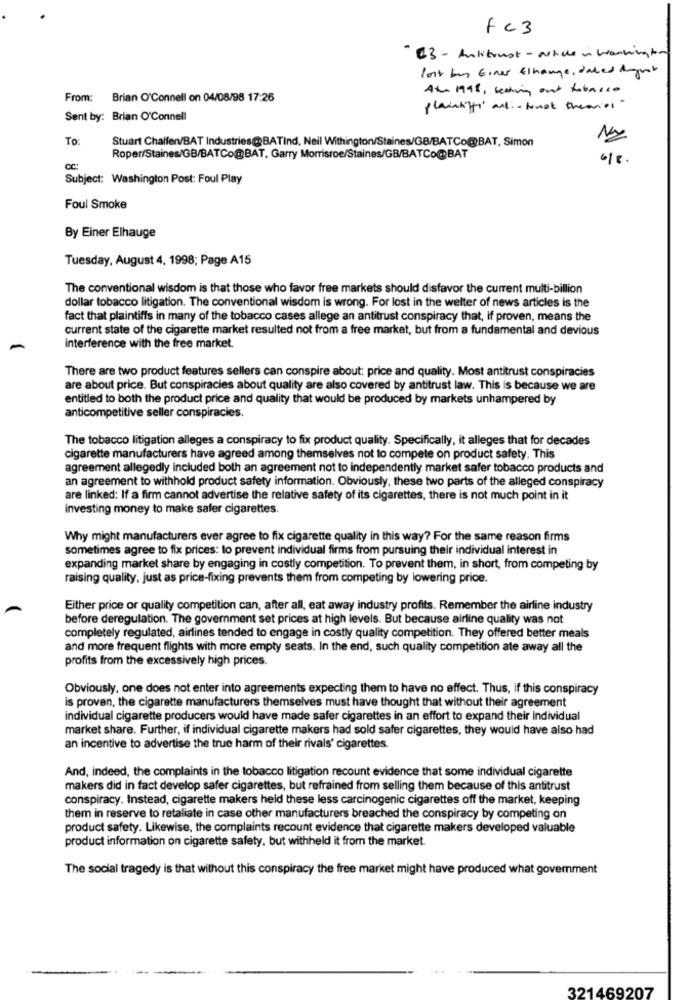
fc 3
- B3 - Antitrust - article in washington
lost by Gines Elhauge, dated August
Att. 1998 , seating out tobacco
From:
Brian O'Connell on 04/08/98 17:26
plaintiffi anti- trust theories"
Sent by: Brian O'Connell
To:
Stuart Chalfen/BAT Industries@BATind, Neil Withington/Staines/GB/BATCo@BAT, Simon
Roper/Staines/GB/BATCo@BAT, Garry Morrisroe/Staines/GB/BATCo@BAT
6/8.
Subject: Washington Post: Foul Play
Foul Smoke
By Einer Elhauge
Tuesday, August 4, 1998; Page A15
The conventional wisdom is that those who favor free markets should disfavor the current multi-billion
dollar tobacco litigation. The conventional wisdom is wrong. For lost in the welter of news articles is the
fact that plaintiffs in many of the tobacco cases allege an antitrust conspiracy that, if proven, means the
current state of the cigarette market resulted not from a free market, but from a fundamental and devious
interference with the free market.
There are two product features sellers can conspire about: price and quality. Most antitrust conspiracies
are about price. But conspiracies about quality are also covered by antitrust law. This is because we are
entitled to both the product price and quality that would be produced by markets unhampered by
anticompetitive seller conspiracies.
The tobacco litigation alleges a conspiracy to fix product quality. Specifically, it alleges that for decades
cigarette manufacturers have agreed among themselves not to compete on product safety. This
agreement allegedly included both an agreement not to independently market safer tobacco products and
an agreement to withhold product safety information. Obviously, these two parts of the alleged conspiracy
are linked: If a firm cannot advertise the relative safety of its cigarettes, there is not much point in it
investing money to make safer cigarettes.
Why might manufacturers ever agree to fix cigarette quality in this way? For the same reason firms
sometimes agree to fix prices: to prevent individual firms from pursuing their individual interest in
expanding market share by engaging in costly competition. To prevent them, in short, from competing by
raising quality, just as price-fixing prevents them from competing by lowering price.
Either price or quality competition can, after all, eat away industry profits. Remember the airline industry
before deregulation. The government set prices at high levels. But because airline quality was not
completely regulated, airlines tended to engage in costly quality competition. They offered better meals
and more frequent flights with more empty seats. In the end, such quality competition ate away all the
profits from the excessively high prices.
Obviously, one does not enter into agreements expecting them to have no effect. Thus, if this conspiracy
is proven, the cigarette manufacturers themselves must have thought that without their agreement
individual cigarette producers would have made safer cigarettes in an effort to expand their Individual
market share. Further, if individual cigarette makers had sold safer cigarettes, they would have also had
an incentive to advertise the true harm of their rivals' cigarettes.
And, indeed, the complaints in the tobacco litigation recount evidence that some individual cigarette
makers did in fact develop safer cigarettes, but refrained from selling them because of this antitrust
conspiracy. Instead, cigarette makers held these less carcinogenic cigarettes off the market, keeping
them in reserve to retaliate in case other manufacturers breached the conspiracy by competing on
product safety. Likewise, the complaints recount evidence that cigarette makers developed valuable
product information on cigarette safety, but withheld it from the market.
The social tragedy is that without this conspiracy the free market might have produced what government
321469207